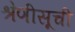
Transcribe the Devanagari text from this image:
श्रेणीसूची